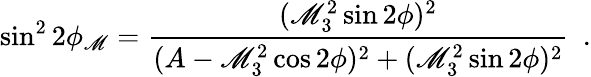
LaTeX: \sin^{2}2\phi_{\mathscr{M}}={\frac{{(\mathscr{M}_{3}^{2}\sin2\phi)^{2}}}{{(A-\mathscr{M}_{3}^{2}\cos2\phi)^{2}+(\mathscr{M}_{3}^{2}\sin2\phi)^{2}}}}\ \ .